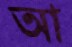
আ